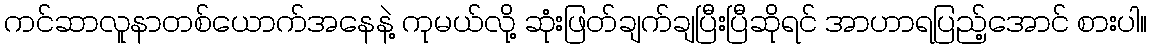
ကင်ဆာလူနာတစ်ယောက်အနေနဲ့ ကုမယ်လို့ ဆုံးဖြတ်ချက်ချပြီးပြီဆိုရင် အာဟာရပြည့်အောင် စားပါ။